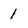
Character: 1